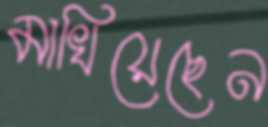
মাখিয়েছেন